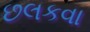
છલકવા